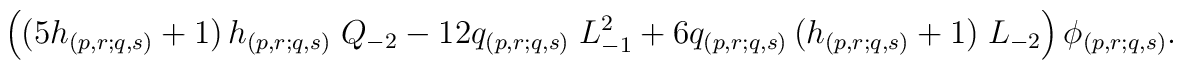
\left( (5 h_{(p,r;q,s)} +1)\, h_{(p,r;q,s)}\; Q_{-2} - 12q_{(p,r;q,s)}\; L_{-1}^{2} + 6 q_{(p,r;q,s)}\,(h_{(p,r;q,s)} +1)\; L_{-2} \right) \phi_{(p,r;q,s)}.